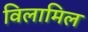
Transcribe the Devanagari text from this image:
विलामिल